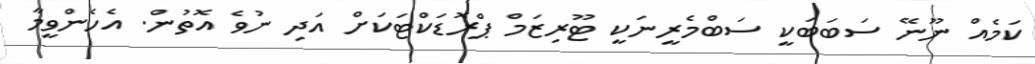
ކަމެއް ނޫނޭ ސަބަބަކީ ސަބްމެރީނަކީ ޓޫރިޒަމް ޕްރޮޑަކްޓަކަށް އަދި ނުވެ އޮތުން. އެހެންވީމާ